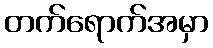
တက်ရောက်အမှာ